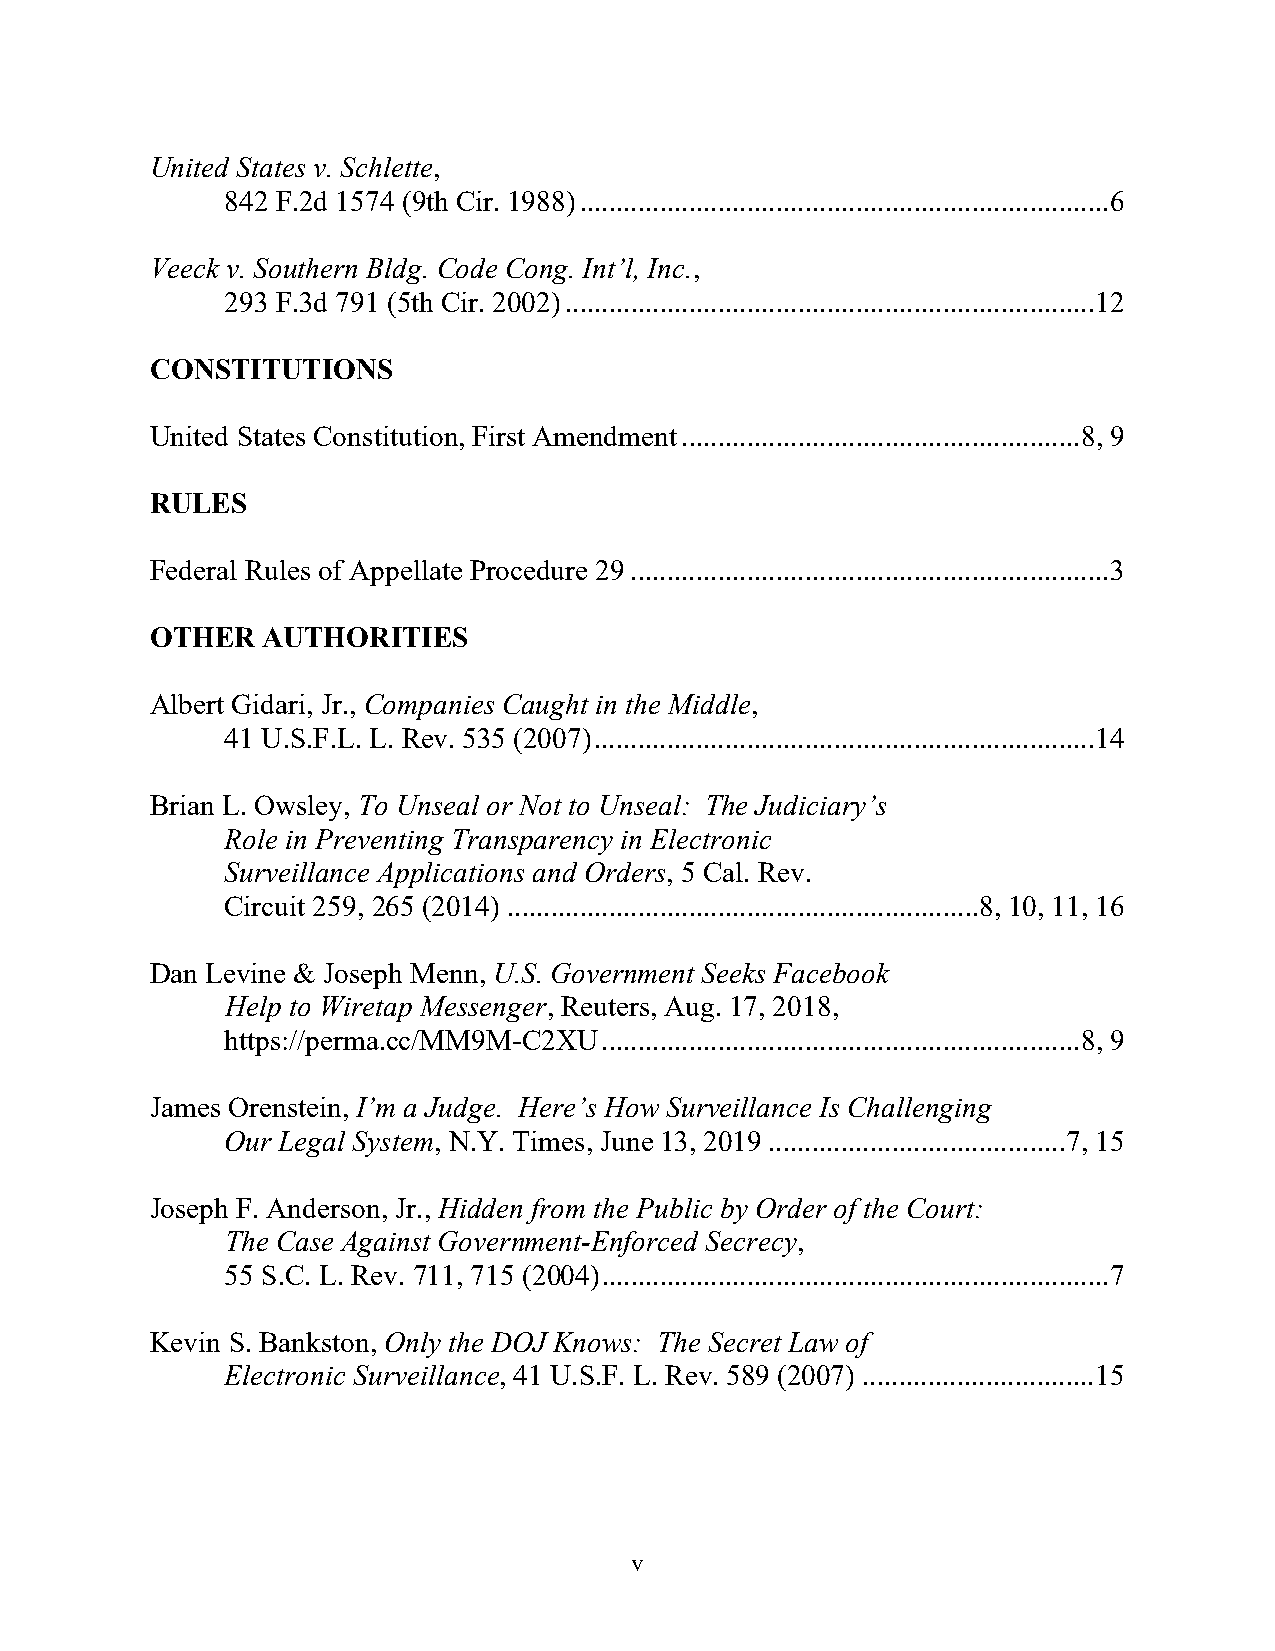
United States v. Schlette,
 842 F.2d 1574 (9th Cir. 1988) ......................................................................... 6
 Veeck v. Southern Bldg. Code Cong. Int’l, Inc.,
 293 F.3d 791 (5th Cir. 2002) ......................................................................... 12
 CONSTITUTIONS
 United States Constitution, First Amendment ....................................................... 8, 9
 RULES
 Federal Rules of Appellate Procedure 29 .................................................................. 3
 OTHER  AUTHORITIES
 Albert Gidari, Jr., Companies Caught in the Middle,
 41 U.S.F.L. L. Rev. 535 (2007) ..................................................................... 14
 Brian L. Owsley, To Unseal or Not to Unseal: The Judiciary’s
 Role in Preventing Transparency in Electronic
 Surveillance Applications and Orders, 5 Cal. Rev.
 Circuit 259, 265 (2014) ................................................................. 8, 10, 11, 16
 Dan Levine & Joseph Menn, U.S. Government Seeks Facebook
 Help to Wiretap Messenger, Reuters, Aug. 17, 2018,
 https://perma.cc/MM9M-C2XU .................................................................. 8, 9
 James Orenstein, I’m a Judge. Here’s How Surveillance Is Challenging
 Our Legal System, N.Y. Times, June 13, 2019 ......................................... 7, 15
 Joseph F. Anderson, Jr., Hidden from the Public by Order of the Court:
 The Case Against Government-Enforced Secrecy,
 55 S.C. L. Rev. 711, 715 (2004) ...................................................................... 7
 Kevin S. Bankston, Only the DOJ Knows: The Secret Law of
 Electronic Surveillance, 41 U.S.F. L. Rev. 589 (2007) ................................ 15
 v